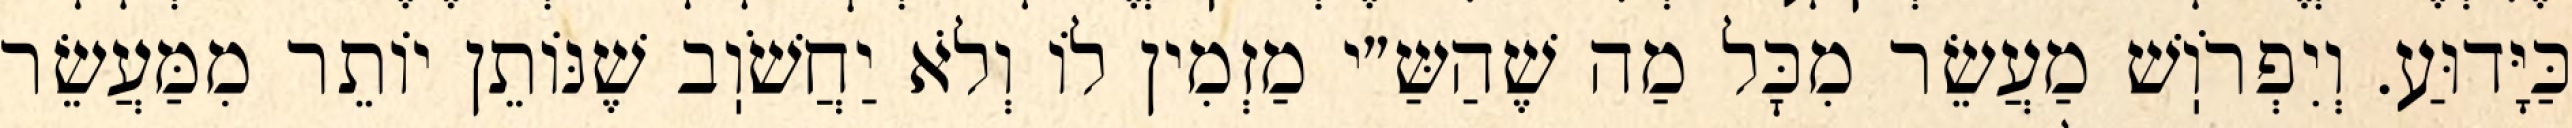
כַּיָּדוּעַ. וְיִפְרֹוֽשׁ מַעֲשֵׂר מִכׇּל מַה שֶׁהַשַּ״י מַזְמִין לוֹ וְלֹא יַחֲשֹׁוֽב שֶׁנּוֹתֵן יוֹתֵר מִמַּעֲשֵׂר